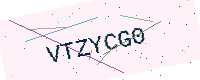
Text: VTZYCG0